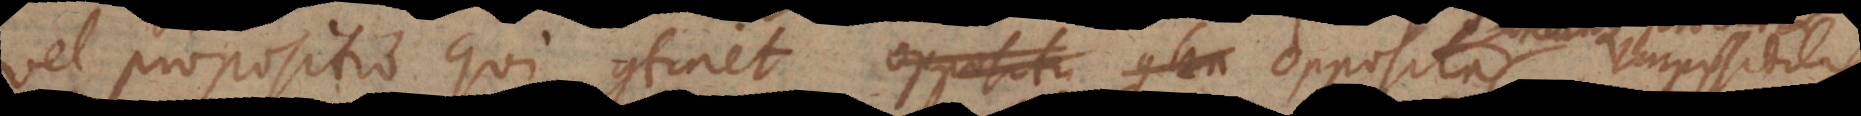
vel propositio qui continet opposita conten. Impossibilis